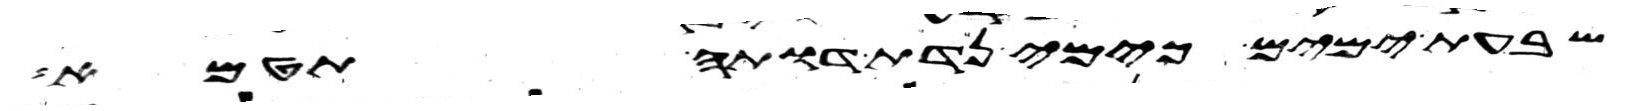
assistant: שבעת ימים כימי נדת דותה תטמא